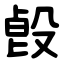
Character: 㲃